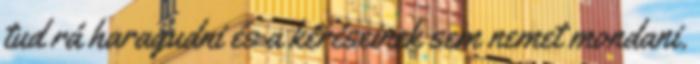
tud rá haragudni és a kéréseinek sem nemet mondani.